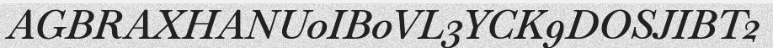
AGBRAXHANU0IB0VL3YCK9DOSJIBT2